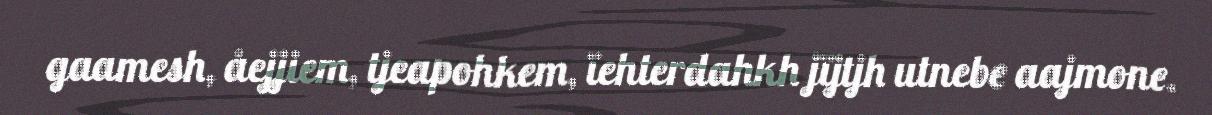
gaamesh, åejjiem, tjeapohkem, ïehterdahkh jïjtjh utnebe aajmone.